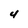
Character: 4